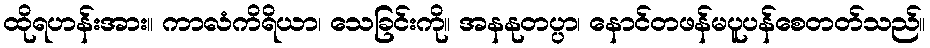
ထိုရဟန်းအား။ ကာလံကိရိယာ၊ သေခြင်းကို။ အနနုတပ္ပာ၊ နောင်တဖန်မပူပန်စေတတ်သည်။